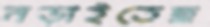
নড়াইতেছ